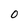
Character: o